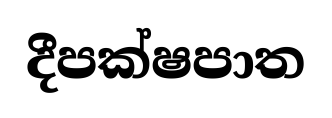
දීපක්ෂපාත